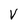
Character: v